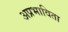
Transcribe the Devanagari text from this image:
अप्रभाविता